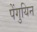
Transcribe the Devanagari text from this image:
पेंगुयिन